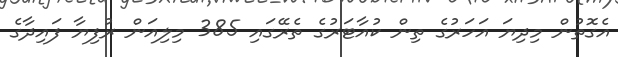
އެގޮތުން މިދިޔަ އަހަރުގެ ތިން ކުއާޓަރުގެ ތެރޭގައި 385 މިލިއަން ރުފިޔާ ފައިދާގެ